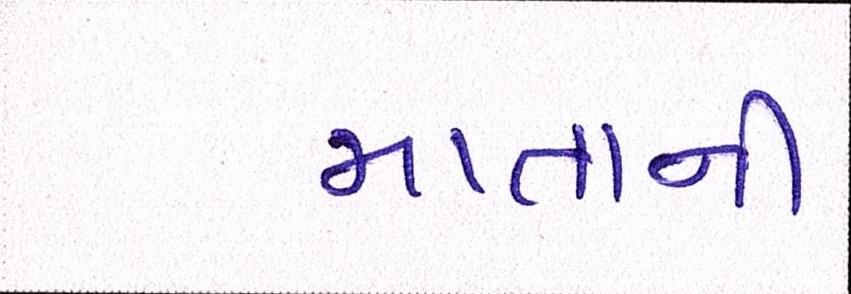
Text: માતાની